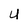
Character: U